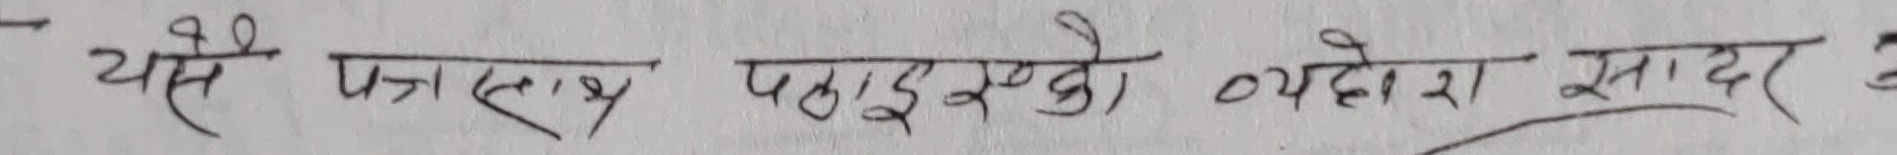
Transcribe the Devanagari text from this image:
यसै पत्रसाथ पठाईएको व्यहोरा सादर छ।